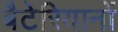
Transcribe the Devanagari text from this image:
बैटेरियानों